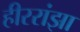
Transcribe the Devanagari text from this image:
हीररांझा